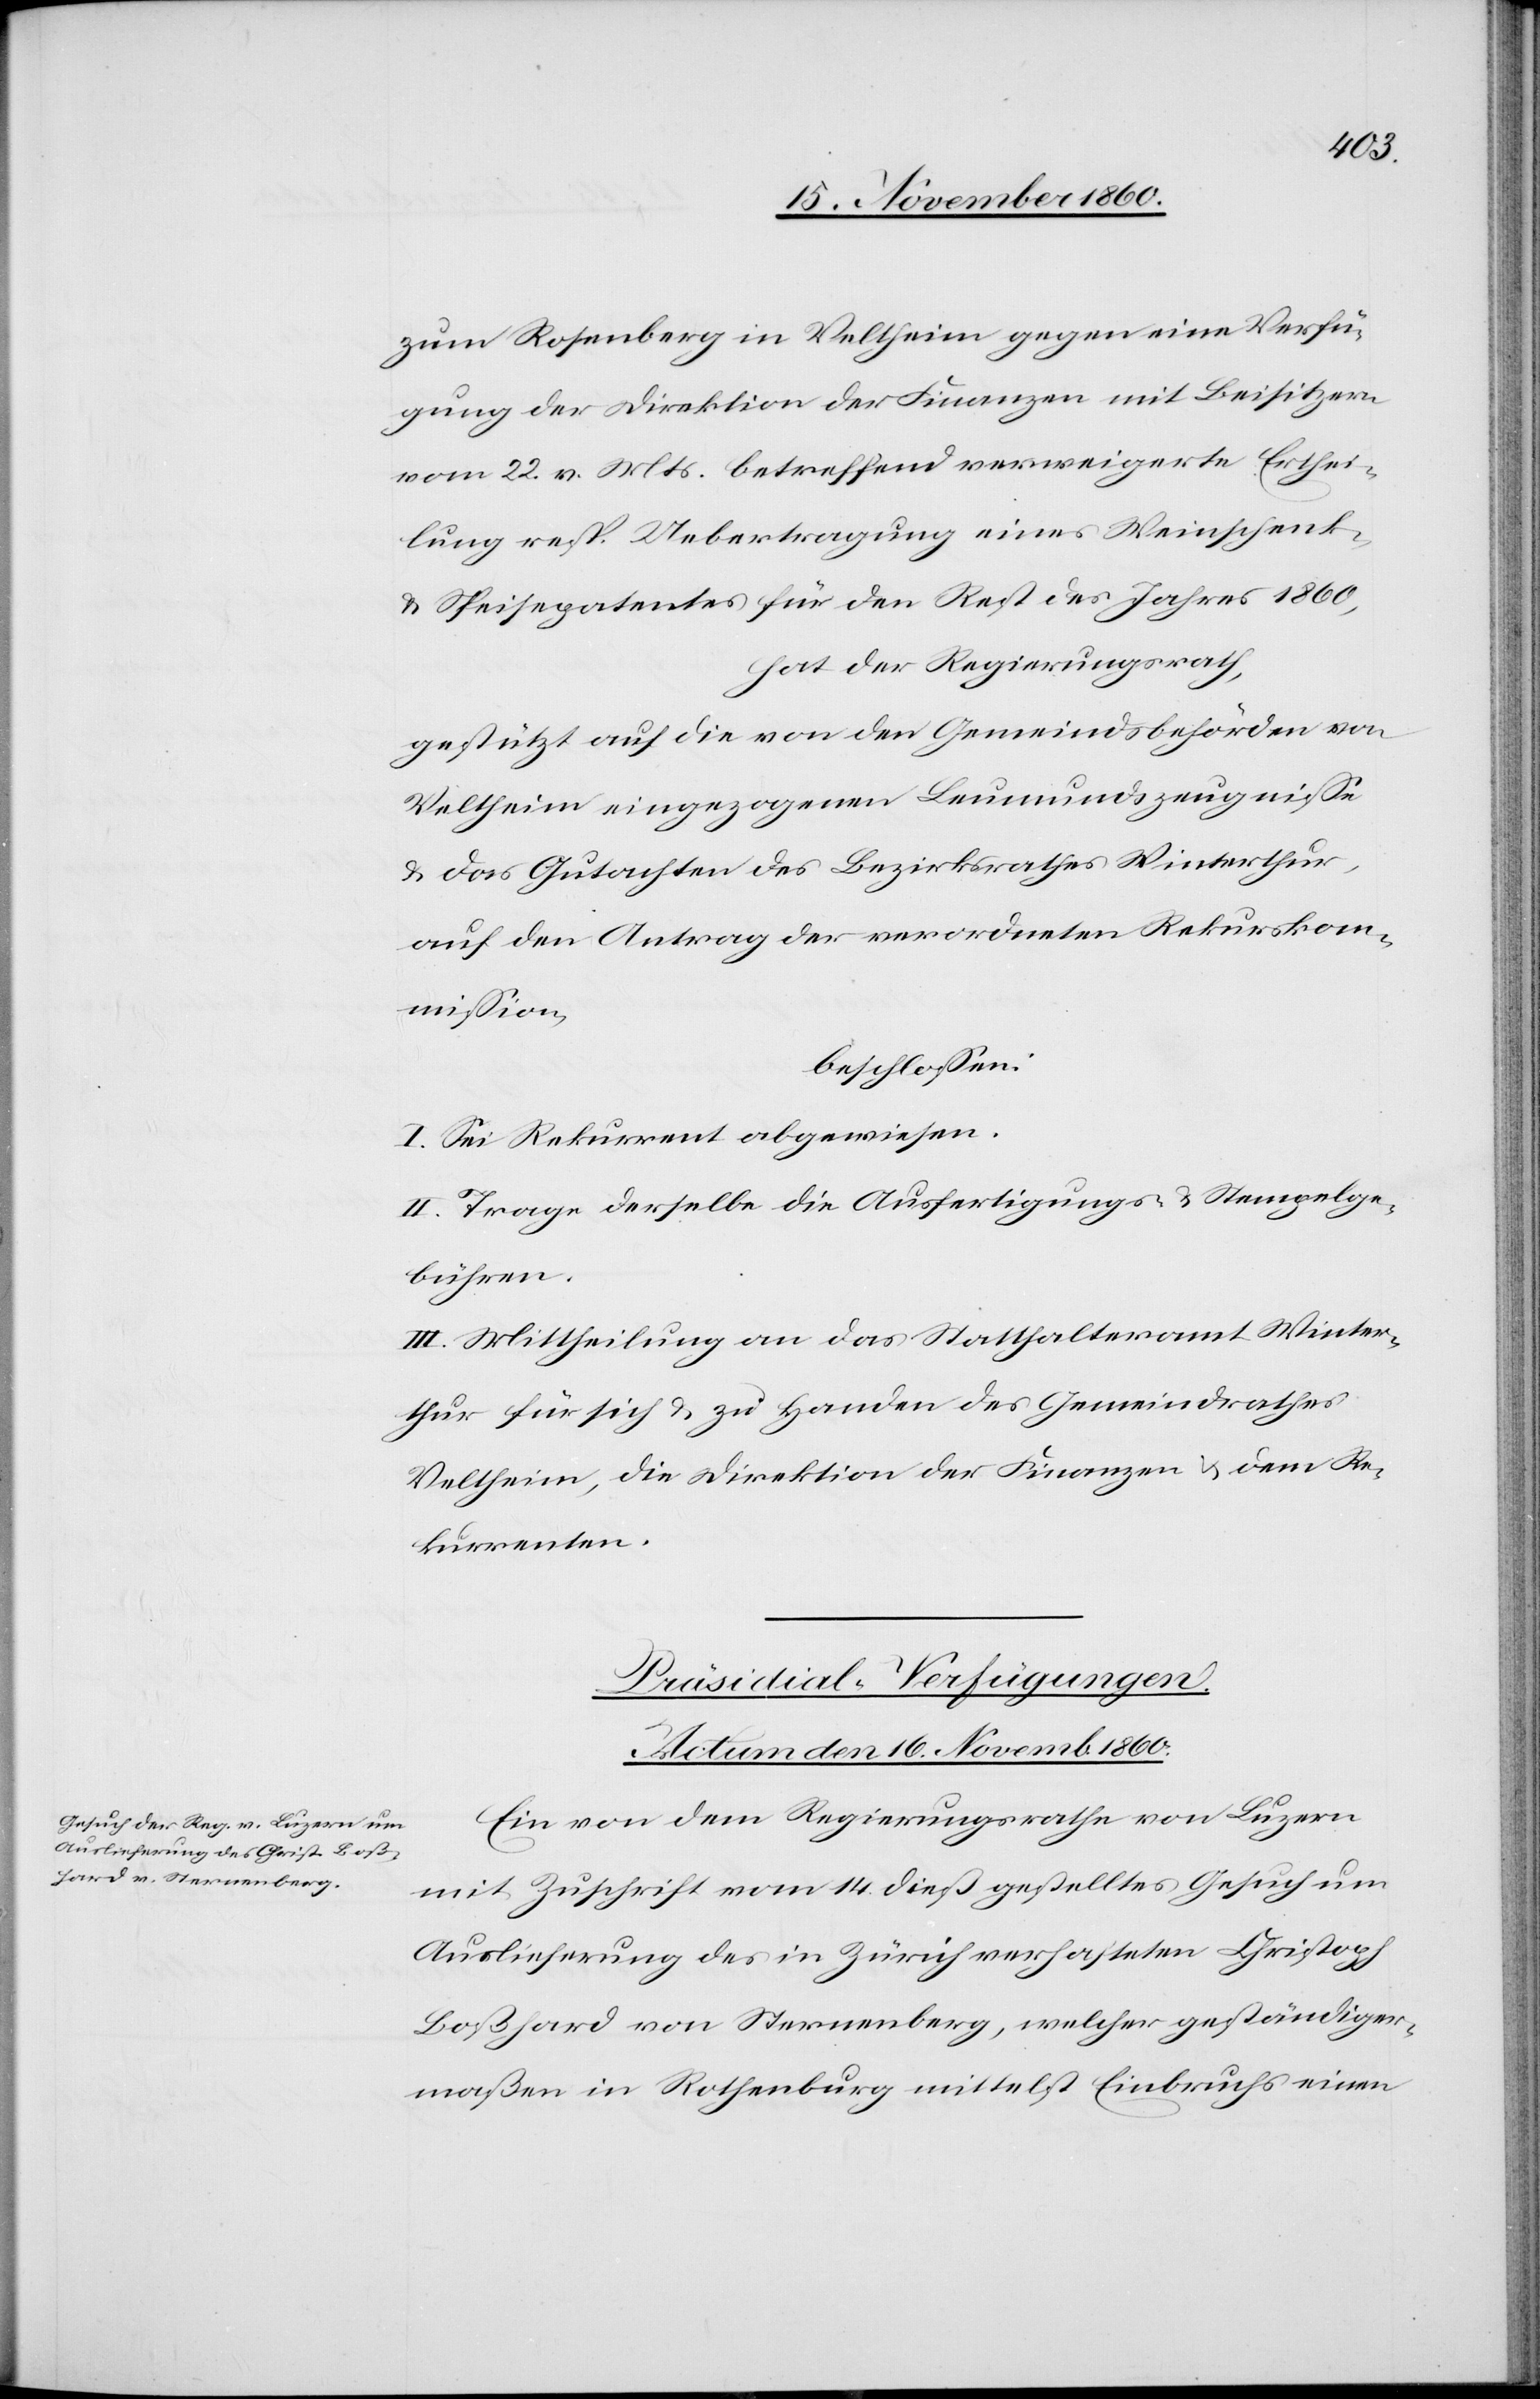
zum Rosenberg in Veltheim gegen eine Verfü¬
gung der Direktion der Finanzen mit Beisitzern
vom 22. v. Mts. betreffend verweigerte Erthei¬
lung resp. Uebertragung eines Weinschenk-
u. Speisepatentes für den Rest des Jahres 1860,
hat der Regierungsrath,
gestützt auf die von den Gemeindsbehörden von
Veltheim eingezogenen Leumundszeugnisse
u. das Gutachten des Bezirksrathes Winterthur,
auf den Antrag der verordneten Rekurskom¬
mission,
beschlossen:
I. Sei Rekurrent abgewiesen.
II. Trage derselbe die Ausfertigungs- u. Stempelge¬
bühren.
III. Mittheilung an das Statthalteramt Winter¬
thur für sich u. zu Handen des Gemeindrathes
Veltheim, die Direktion der Finanzen u. dem Re¬
kurrenten.
Präsidial-Verfügungen.
Actum den 16. Novemb. 1860.
Ein vom den Regierungsrathe von Luzern
mit Zuschrift vom 14. dieß gestelltes Gesuch um
Auslieferung des in Zürich verhafteten Christoph
Boßhard von Sternenberg, welcher geständiger¬
maßen in Rothenburg mittelst Einbruchs einen